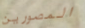
المصورين